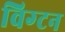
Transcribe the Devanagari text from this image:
विग्टन